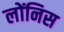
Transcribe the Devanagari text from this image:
लोंनिस